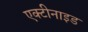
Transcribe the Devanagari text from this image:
एक्टीनाइड